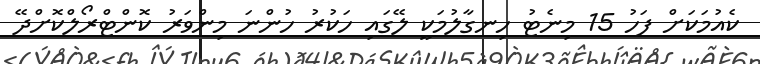
ކެއުމަކަށް ފަހު 15 މިނެޓު ހިނގާލުމަކީ ލޭގައި ހަކުރު ހުންނަ މިންވަރު ކޮންޓްރޯލްކޮށްދޭ